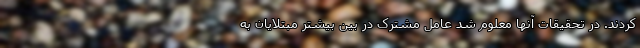
کردند. در تحقیقات آنها معلوم شد عامل مشترک در بین بیشتر مبتلایان به